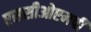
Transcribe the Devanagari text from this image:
एससीओएमपी